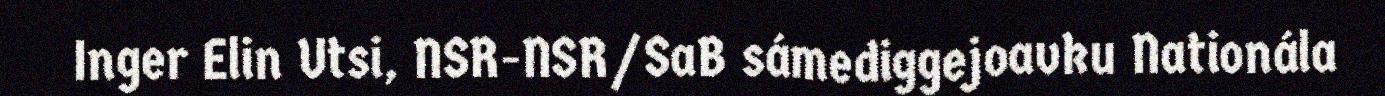
Inger Elin Utsi, NSR-NSR/SaB sámediggejoavku Nationála